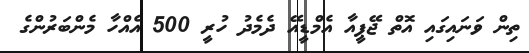
ތިން ވަނައިގައި އޮތް ޖޭޕީއާ އެމްޑީއޭ ދެމެދު ހުރީ 500 އެއްހާ މެންބަރުންގެ